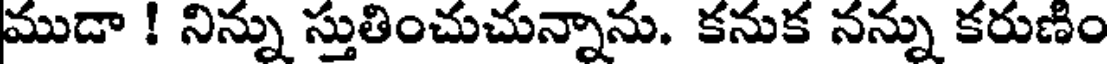
ముడా ! నిన్ను స్తుతించుచున్నాను. కనుక నన్ను కరుణిం